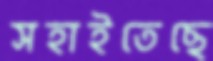
সহাইতেছে